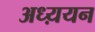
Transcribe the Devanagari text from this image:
अध्य़यन